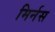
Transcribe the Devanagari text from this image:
मिर्नस